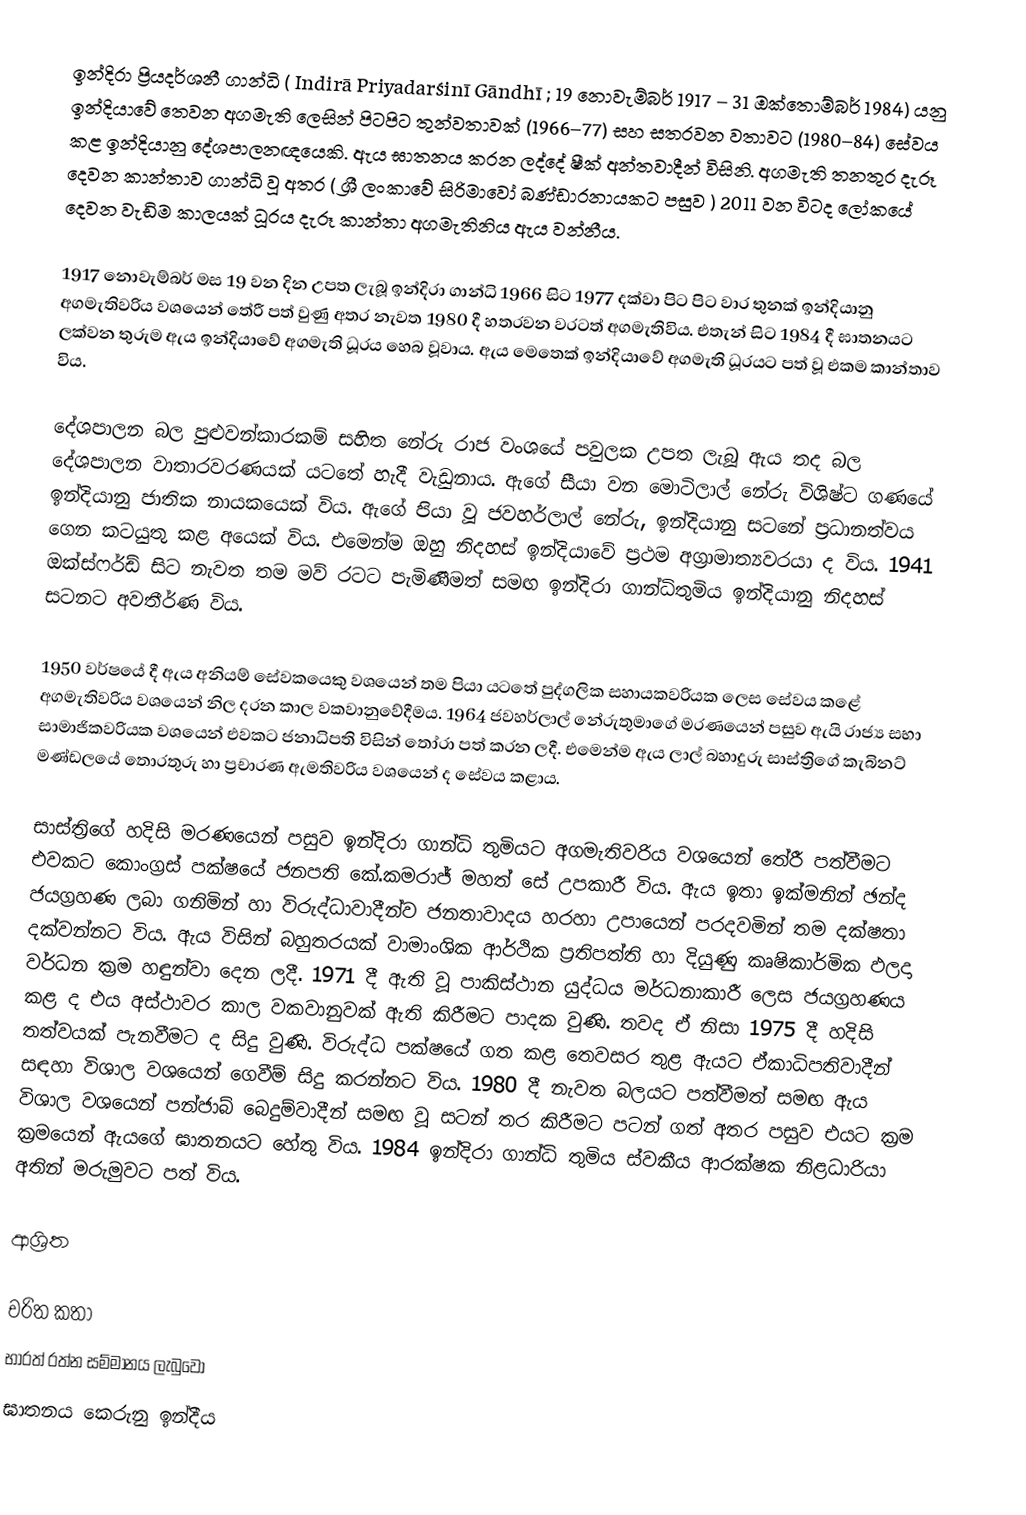
ඉන්දිරා ප්‍රියදර්ශනී ගාන්ධි ( Indirā Priyadarśinī Gāndhī ; 19 නොවැම්බර් 1917 – 31 ඔක්තොම්බර් 1984) යනු ඉන්දියාවේ  තෙවන අගමැති ලෙසින් පිටපිට තුන්වතාවක් (1966–77) සහ සතරවන වතාවට (1980–84) සේවය කළ ඉන්දියානු දේශපාලනඥයෙකි. ඇය ඝාතනය කරන ලද්දේ ෂීක් අන්තවාදීන් විසිනි. අගමැති තනතුර දැරූ දෙවන කාන්තාව ගාන්ධි වූ අතර ( ශ්‍රී ලංකාවේ සිරිමාවෝ බණ්ඩාරනායකට පසුව )  2011 වන විටද ලෝකයේ දෙවන වැඩිම කාලයක් ධූරය දැරූ කාන්තා අගමැතිනිය ඇය වන්නීය.

1917 නොවැම්බර් මස 19 වන දින උපත ලැබූ ඉන්දිරා ගාන්ධි 1966 සිට 1977 දක්වා පිට පිට වාර තුනක් ඉන්දියානු අගමැතිවරිය වශයෙන් තේරී පත් වුණු අතර නැවත 1980 දී හතරවන වරටත් අගමැතිවිය. එතැන් සිට 1984 දී ඝාතනයට ලක්වන තුරුම ඇය ඉන්දියාවේ අගමැති ධූරය හෙබ වූවාය. ඇය මෙතෙක් ඉන්දියාවේ අගමැති ධූරයට පත් වූ එකම කාන්තාව විය.

දේශපාලන බල පුළුවන්කාරකම් සහිත නේරු රාජ වංශයේ පවුලක උපත ලැබූ ඇය තද බල දේශපාලන වාතාරවරණයක් යටතේ හැදී වැඩුනාය. ඇගේ සීයා වන මොටිලාල් නේරු විශිෂ්ට ගණයේ ඉන්දියානු ජාතික නායකයෙක් විය. ඇගේ පියා වූ ජවහර්ලාල් නේරු, ඉන්දියානු සටනේ ප්‍රධානත්වය ගෙන කටයුතු කළ අයෙක් විය. එමෙන්ම ඔහු නිදහස් ඉන්දියාවේ ප්‍රථම අග්‍රාමාත්‍යවරයා ද විය. 1941 ඔක්ස්ෆර්ඩ් සිට නැවත තම මව් රටට පැමිණීමත් සමඟ ඉන්දිරා ගාන්ධිතුමිය ඉන්දියානු නිදහස් සටනට අවතීර්ණ විය.

1950 වර්ෂයේ දී ඇය අනියම් සේවකයෙකු වශයෙන් තම පියා යටතේ පුද්ගලික සහායකවරියක ලෙස සේවය කළේ අගමැතිවරිය වශයෙන් නිල දරන කාල වකවානුවේදීමය. 1964 ජවහර්ලාල් නේරුතුමාගේ මරණයෙන් පසුව ඇයි රාජ්‍ය සභා සාමාජිකවරියක වශයෙන් එවකට ජනාධිපති විසින් තෝරා පත් කරන ලදී. එමෙන්ම ඇය ලාල් බහාදුරු සාස්ත්‍රිගේ කැබිනට් මණ්ඩලයේ තොරතුරු හා ප්‍රචාරණ ඇමතිවරිය වශයෙන් ද සේවය කළාය.

සාස්ත්‍රිගේ හදිසි මරණයෙන් පසුව ඉන්දිරා ගාන්ධි තුමියට අගමැතිවරිය වශයෙන් තේරී පත්වීමට එවකට කොංග්‍රස් පක්ෂයේ ජනපති කේ.කමරාජ් මහත් සේ උපකාරී විය. ඇය ඉතා ඉක්මනින් ඡන්ද ජයග්‍රහණ ලබා ගනිමින් හා විරුද්ධාවාදීන්ව ජනතාවාදය හරහා උපායෙන් පරදවමින් තම දක්ෂතා දක්වන්නට විය. ඇය විසින් බහුතරයක් වාමාංශික ආර්ථික ප්‍රතිපත්ති හා දියුණු කෘෂිකාර්මික ඵලදා වර්ධන ක්‍රම හඳුන්වා දෙන ලදී. 1971 දී ඇති වූ පාකිස්ථාන යුද්ධය මර්ධනාකාරී ලෙස ජයග්‍රහණය කළ ද එය අස්ථාවර කාල වකවානුවක් ඇති කිරීමට පාදක වුණි. තවද ඒ නිසා 1975 දී හදිසි තත්වයක් පැනවීමට ද සිදු වුණි. විරුද්ධ පක්ෂයේ ගත කළ තෙවසර තුළ ඇයට ඒකාධිපතිවාදීන් සඳහා විශාල වශයෙන් ගෙවීම් සිදු කරන්නට විය. 1980 දී නැවත බලයට පත්වීමත් සමඟ ඇය විශාල වශයෙන් පන්ජාබ් බෙදුම්වාදීන් සමඟ වූ සටන් තර කිරීමට පටන් ගත් අතර පසුව එයට ක්‍රම ක්‍රමයෙන් ඇයගේ ඝාතනයට හේතු විය. 1984 ඉන්දිරා ගාන්ධි තුමිය ස්වකීය ආරක්ෂක නිළධාරියා අතින් මරුමුවට පත් විය.

ආශ්‍රිත

චරිත කතා
භාරත් රත්න සම්මානය ලැබුවෝ
ඝාතනය කෙරුනු ඉන්දීය